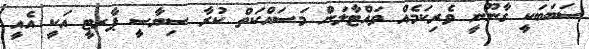
ސަބަބަކީ ގާނޫނީ ވެރިކަމެއް ވައްޓާލަން މަސައްކަތް ކުރާ ސިޔާސީ ޕާރޓީ އަކީ އެއީ